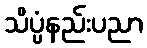
သိပ္ပံနည်းပညာ